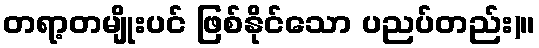
တရာ့တမျိုးပင် ဖြစ်နိုင်သော ပညပ်တည်း)။